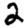
Digit: 2